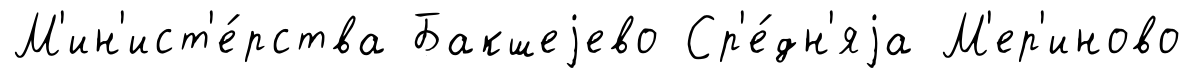
М'ин'ист'е́рства Бакшеjево Ср'е́дн'яjа М'ер'иново